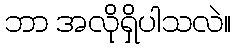
ဘာ အလိုရှိပါသလဲ။